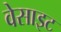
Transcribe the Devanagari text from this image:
वेसाइट